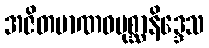
အဇိတမာဏဝပုစ္ဆာနိဒ္ဒေသ